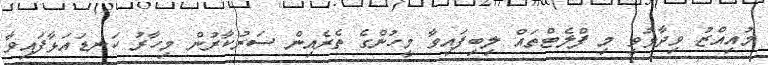
މުއިއްޒު ވިދާޅުވީ މި ފްލެޓްތައް ލިބިފައިވާ މީހުންގެ ތެރެއިން ސަރުކާރުން މިހާރު ކަނޑައަޅާފައިވާ